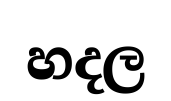
හදල